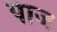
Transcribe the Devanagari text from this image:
पाज